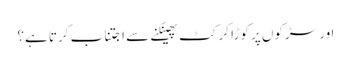
اور سڑکوں پر کوڑا کرکٹ پھینکنے سے اجتناب کرتا ہے؟